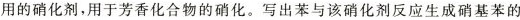
用的硝化剂，用于芳香化合物的硝化。写出苯与该硝化剂反应生成硝基苯的